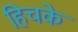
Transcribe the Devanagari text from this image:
हिचके